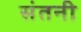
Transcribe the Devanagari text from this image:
संतनी